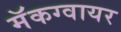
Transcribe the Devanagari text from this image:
मॅकग्वायर